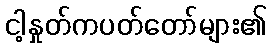
ငါ့နှုတ်ကပတ်တော်များ၏